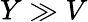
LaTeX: Y\gg V